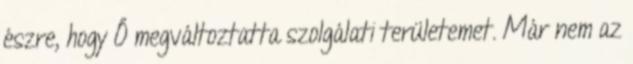
észre, hogy Ő megváltoztatta szolgálati területemet. Már nem az